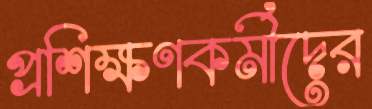
প্রশিক্ষণকর্মীদের